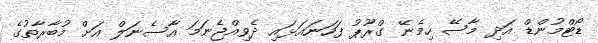
ޑޯޓްމުންޑް އަދި މާސޭ ހިމެނޭ ގްރޫޕު ފަހަނައަޅައި ދެވިއްޖެނަމަ އާސެނަލް އަށް މުބާރާތުގެ